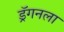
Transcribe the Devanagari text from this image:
ड्रॅगनला